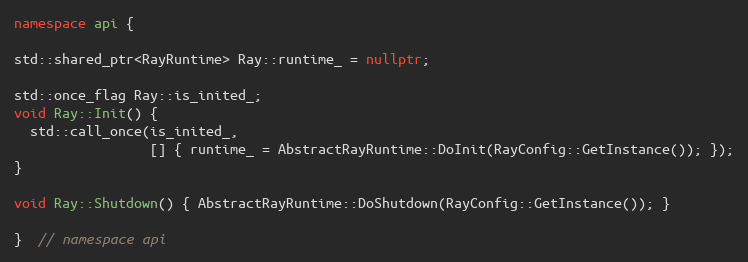
Language: C++
namespace api {

std::shared_ptr<RayRuntime> Ray::runtime_ = nullptr;

std::once_flag Ray::is_inited_;
void Ray::Init() {
  std::call_once(is_inited_,
                 [] { runtime_ = AbstractRayRuntime::DoInit(RayConfig::GetInstance()); });
}

void Ray::Shutdown() { AbstractRayRuntime::DoShutdown(RayConfig::GetInstance()); }

}  // namespace api